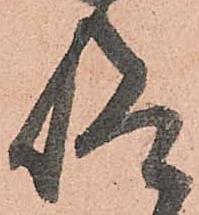
仰